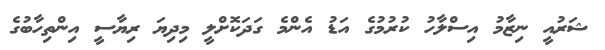
ޝަރުއީ ނިޒާމު އިސްލާހު ކުރުމުގެ އަޑު އެންމެ ގަދަކޮށްލީ މިދިޔަ ރިޔާސީ އިންތިހާބުގެ